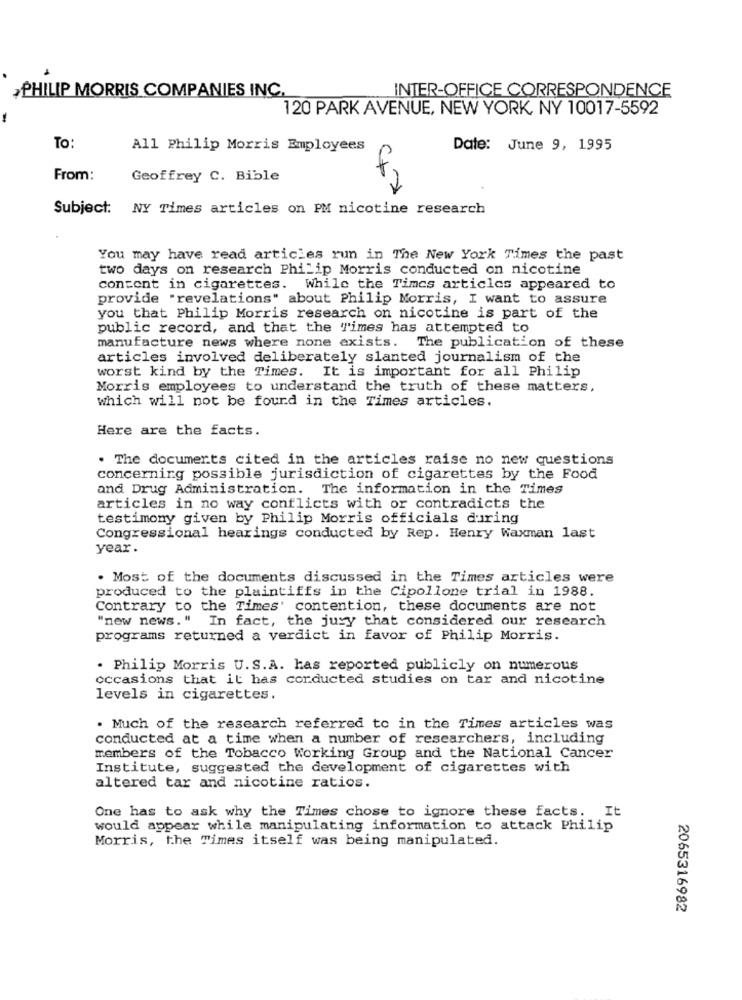
INTER-OFFICE CORRESPONDENCE
PHILIP MORRIS COMPANIES INC.
120 PARK AVENUE, NEW YORK, NY 10017-5592
To:
All Philip Morris Employees
Date: June 9, 1995
From:
Geoffrey C. Bible
Subject:
NY Times articles on PM nicotine research
You may have read articles run in The New York Times the past
two days on research Philip Morris conducted on nicotine
content in cigarettes. While the Times articles appeared to
provide "revelations" about Philip Morris, I want to assure
you that Philip Morris research on nicotine is part of the
public record, and that the Times has attempted to
manufacture news where none exists. The publication of these
articles involved deliberately slanted journalism of the
worst kind by the Times. It is important for all Philip
Morris employees to understand the truth of these matters,
which will not be found in the Times articles.
Here are the facts.
. The documents cited in the articles raise no new questions
concerning possible jurisdiction of cigarettes by the Food
and Drug Administration. The information in the Times
articles in no way conflicts with or contradicts the
testimony given by Philip Morris officials during
Congressional hearings conducted by Rep. Henry Waxman last
year .
. Most of the documents discussed in the Times articles were
produced to the plaintiffs in the Cipollone trial in 1988.
Contrary to the Times' contention, these documents are not
"new news. " In fact, the jury that considered our research
programs returned a verdict in favor of Philip Morris.
. Philip Morris U.S.A. has reported publicly on numerous
occasions that it has conducted studies on tar and nicotine
levels in cigarettes
· Much of the research referred to in the Times articles was
conducted at a time when a number of researchers, including
members of the Tobacco Working Group and the National Cancer
Institute, suggested the development of cigarettes with
altered tar and nicotine ratios.
One has to ask why the Times chose to ignore these facts. It
would appear while manipulating information to attack Philip
Morris, the Times itself was being manipulated.
2065316982